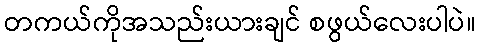
တကယ်ကိုအသည်းယားချင် စဖွယ်လေးပါပဲ။